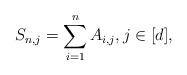
LaTeX: \begin{align*} S_{n, j} = \sum_{i = 1}^n A_{i, j}, j \in [d],\end{align*}